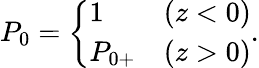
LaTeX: \begin{array}{r}{{P}_{0}=\left\{ \begin{array}{lll}{1}&{(z<0)}\\ {{P}_{0+}}&{(z>0)}\end{array}\right..}\end{array}